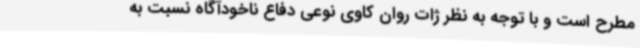
مطرح است و با توجه به نظر ژات روان کاوی نوعی دفاع ناخودآگاه نسبت به